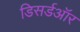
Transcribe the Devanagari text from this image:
डिसर्डऑर